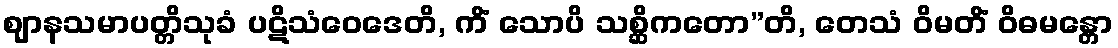
ဈာနသမာပတ္တိသုခံ ပဋိသံဝေဒေတိ, ကိံ သောပိ သစ္ဆိကတော”တိ, တေသံ ဝိမတိံ ဝိဓမန္တော